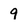
Character: 9